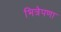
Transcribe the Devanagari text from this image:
भित्रेपणा